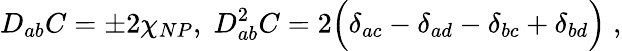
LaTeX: D_{ab}C=\pm 2\chi_{NP},\; D_{ab}^{2}C=2\Bigl(\delta_{ac}-\delta_{ad}-\delta_{bc}+\delta_{bd}\Bigr)\; ,